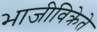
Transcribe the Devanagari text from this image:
भाजीविक्रेते